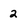
Character: 2